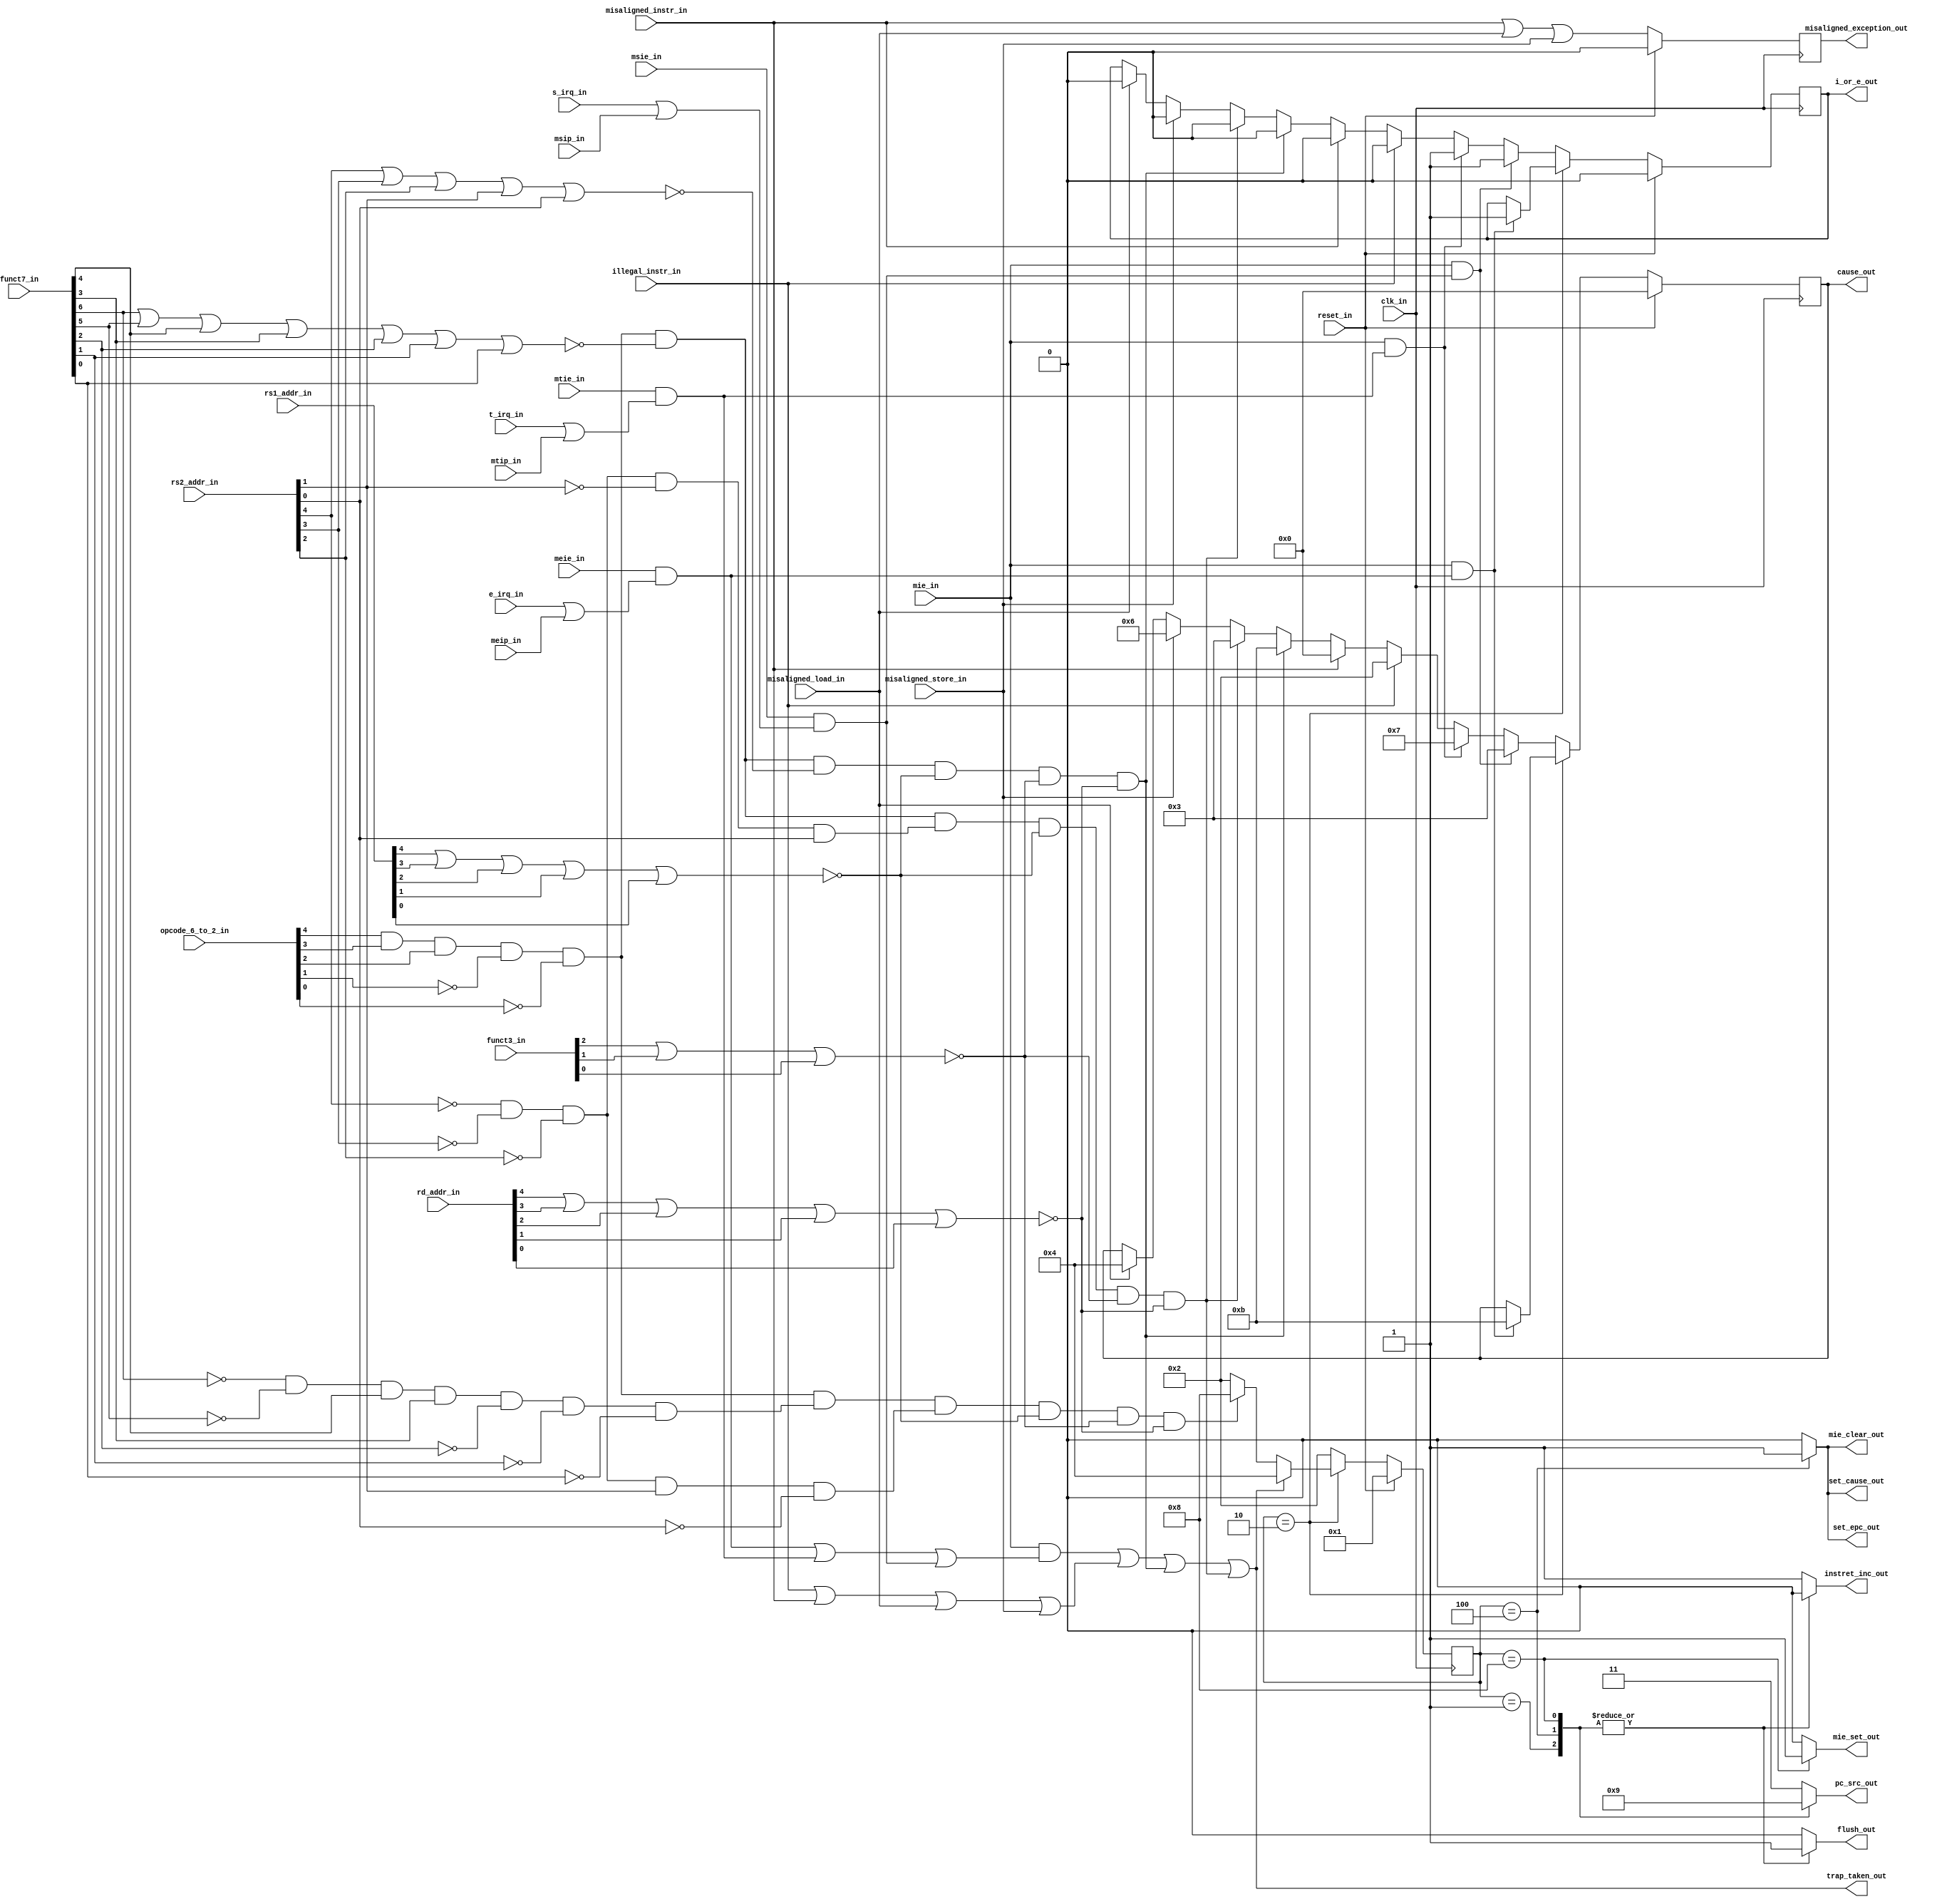

module msrv32_machine_control( input  clk_in, reset_in,
                              
                               input  illegal_instr_in,misaligned_load_in,misaligned_store_in,
                              
                               input  misaligned_instr_in,
                             
                               input  [6:2] opcode_6_to_2_in,
                               input  [2:0] funct3_in,
                               input  [6:0] funct7_in,
                               input  [4:0] rs1_addr_in,
                               input  [4:0] rs2_addr_in,
                               input  [4:0] rd_addr_in,
                              
                               input  e_irq_in,t_irq_in, s_irq_in,
			      
			       input  mie_in, meie_in,mtie_in, msie_in, meip_in,mtip_in,msip_in,         
                            
                               output reg i_or_e_out, set_epc_out, set_cause_out,
                               output reg [3:0] cause_out,
                               output reg instret_inc_out, mie_clear_out, mie_set_out,
			                  misaligned_exception_out,
                               
                               output reg [1:0] pc_src_out,
                              
                               output reg flush_out,
                               
                               output trap_taken_out );
    
    
    reg [3:0] curr_state;
    reg [3:0] next_state;
    
    
    parameter STATE_RESET         = 4'b0001; 
    parameter STATE_OPERATING     = 4'b0010;
    parameter STATE_TRAP_TAKEN    = 4'b0100;    
    parameter STATE_TRAP_RETURN   = 4'b1000;
    
    parameter PC_BOOT =2'b00,
              PC_EPC=  2'b01,
              PC_TRAP= 2'b10,
              PC_NEXT= 2'b11;
    
    wire exception;
    wire ip;
    wire eip;
    wire tip;
    wire sip;
    wire is_system;
    wire rs1_addr_zero;
    wire rs2_addr_zero;
    wire rd_zero;
    wire rs2_addr_mret;
    wire rs2_addr_ebreak;
    wire FUNCT3_zero;
    wire FUNCT7_zero;
    wire FUNCT7_mret;
    wire csr;
    wire mret;
    wire ecall;
    wire ebreak;
    reg pre_instret_inc;
    

    
    assign is_system   =  opcode_6_to_2_in[6] & opcode_6_to_2_in[5] & opcode_6_to_2_in[4] 
                          & ~opcode_6_to_2_in[3] & ~opcode_6_to_2_in[2];
    assign FUNCT3_zero =  ~(funct3_in[2] | funct3_in[1] | funct3_in[0]);
    assign FUNCT7_zero =  ~(funct7_in[6] | funct7_in[5] | funct7_in[4] | funct7_in[3] 
                          | funct7_in[2] | funct7_in[1] | funct7_in[0]);
    assign FUNCT7_wfi  =  ~funct7_in[6] & ~funct7_in[5] & ~funct7_in[4] & funct7_in[3] & 
                          ~funct7_in[2] & ~funct7_in[1] & ~funct7_in[0];
    assign FUNCT7_mret  = ~funct7_in[6] & ~funct7_in[5] & funct7_in[4] & 
                          funct7_in[3] & ~funct7_in[2] & ~funct7_in[1] & ~funct7_in[0];
    assign rs1_addr_zero =~(rs1_addr_in[4] | rs1_addr_in[3] | rs1_addr_in[2] | rs1_addr_in[1] | 
                          rs1_addr_in[0]);
    assign rs2_addr_zero =~(rs2_addr_in[4] | rs2_addr_in[3] | rs2_addr_in[2] | rs2_addr_in[1] | 
                          rs2_addr_in[0]);
    assign rd_zero =      ~(rd_addr_in[4] | rd_addr_in[3] | rd_addr_in[2] | rd_addr_in[1] | rd_addr_in[0]);
    assign rs2_addr_wfi = ~rs2_addr_in[4] & ~rs2_addr_in[3] & rs2_addr_in[2] & 
                          ~rs2_addr_in[1] & rs2_addr_in[0];
    assign rs2_addr_mret = ~rs2_addr_in[4] & ~rs2_addr_in[3] & ~rs2_addr_in[2] & 
                           rs2_addr_in[1] & ~rs2_addr_in[0];
    assign rs2_addr_ebreak = ~rs2_addr_in[4] & ~rs2_addr_in[3] & ~rs2_addr_in[2] & 
                             ~rs2_addr_in[1] & rs2_addr_in[0];
    assign mret =            is_system & FUNCT7_mret & rs2_addr_mret & rs1_addr_zero & FUNCT3_zero & rd_zero;
    assign ecall = is_system & FUNCT7_zero & rs2_addr_zero & rs1_addr_zero & FUNCT3_zero & rd_zero;
    assign ebreak = is_system & FUNCT7_zero & rs2_addr_ebreak & rs1_addr_zero & FUNCT3_zero & rd_zero;
    
    assign eip = meie_in & (e_irq_in | meip_in);
    assign tip = mtie_in & (t_irq_in | mtip_in);
    assign sip = msie_in & (s_irq_in | msip_in);
    assign ip = eip | tip | sip;
    assign exception = illegal_instr_in | misaligned_instr_in | misaligned_load_in | misaligned_store_in;
    assign trap_taken_out = (mie_in & ip) | exception | ecall | ebreak;
    
    always @*
    begin
       case(curr_state)
          STATE_RESET:
             next_state = STATE_OPERATING;
          STATE_OPERATING: 
             if(trap_taken_out) 
                next_state = STATE_TRAP_TAKEN;
             else if(mret) 
                next_state = STATE_TRAP_RETURN;
             else 
                next_state = STATE_OPERATING;
          STATE_TRAP_TAKEN:
             next_state = STATE_OPERATING;
          STATE_TRAP_RETURN:
             next_state = STATE_OPERATING;
          default:
             next_state = STATE_OPERATING;
        endcase
    end
    
    
    always @*
    begin
       case(curr_state)
          STATE_RESET:
          begin
             pc_src_out = PC_BOOT;
             flush_out = 1'b1;
             instret_inc_out = 1'b0;
             set_epc_out = 1'b0;
             set_cause_out = 1'b0;
             mie_clear_out = 1'b0;
             mie_set_out = 1'b0;
           end
           STATE_OPERATING:
              begin
              pc_src_out = PC_NEXT;
              flush_out = 1'b0;
              instret_inc_out = 1'b1;
              set_epc_out = 1'b0;
              set_cause_out = 1'b0;
              mie_clear_out = 1'b0;
              mie_set_out = 1'b0;
           end
           STATE_TRAP_TAKEN:
           begin
              pc_src_out = PC_TRAP;
              flush_out = 1'b1;
              instret_inc_out = 1'b0;
              set_epc_out = 1'b1;
              set_cause_out = 1'b1;
              mie_clear_out = 1'b1;
              mie_set_out = 1'b0;
           end
           STATE_TRAP_RETURN:
           begin
              pc_src_out = PC_EPC;
              flush_out = 1'b1;
              instret_inc_out = 1'b0;
              set_epc_out = 1'b0;
              set_cause_out = 1'b0;
              mie_clear_out = 1'b0;
              mie_set_out = 1'b1;
           end
           default:
           begin
              pc_src_out = PC_NEXT;
              flush_out = 1'b0;
              instret_inc_out = 1'b1;
              set_epc_out = 1'b0;
              set_cause_out = 1'b0;
              mie_clear_out = 1'b0;
              mie_set_out = 1'b0;
           end
        endcase
        
    end
    
  
    
    always @(posedge clk_in)
    begin
       if(reset_in) 
          curr_state <= STATE_RESET;
       else
          curr_state <= next_state;
    end    
    
    always @(posedge clk_in)
    begin
       if(reset_in) 
          misaligned_exception_out <= 1'b0;
       else 
          misaligned_exception_out <= misaligned_instr_in | misaligned_load_in | misaligned_store_in;
    end
    
    always @(posedge clk_in)
    begin
       if(reset_in)
       begin
          cause_out <= 4'b0;
          i_or_e_out <= 1'b0;
       end
       else if(curr_state == STATE_OPERATING)
       begin 
          if(mie_in & eip)
          begin
             cause_out <= 4'b1011; // M-mode external interrupt
             i_or_e_out <= 1'b1;
          end
       end	 
       else if(mie_in & sip)
       begin
          cause_out <= 4'b0011; // M-mode software interrupt
          i_or_e_out <= 1'b1;
       end
       else if(mie_in & tip)
       begin
          cause_out <= 4'b0111; // M-mode timer interrupt
          i_or_e_out <= 1'b1;
       end
       else if(illegal_instr_in)
       begin
          cause_out <= 4'b0010; // Illegal instruction
          i_or_e_out <= 1'b0;
       end
       else if(misaligned_instr_in)
       begin
          cause_out <= 4'b0000; // Instruction address misaligned
          i_or_e_out <= 1'b0;
       end
       else if(ecall)
       begin
          cause_out <= 4'b1011; // Environment call from M-mode
          i_or_e_out <= 1'b0;
       end
       else if(ebreak)
       begin
          cause_out <= 4'b0011; // Breakpoint
          i_or_e_out <= 1'b0;
       end
       else if(misaligned_store_in)
       begin
          cause_out <= 4'b0110; // Store address misaligned
          i_or_e_out <= 1'b0;
       end
       else if(misaligned_load_in)
       begin
          cause_out <= 4'b0100; // Load address misaligned
          i_or_e_out <= 1'b0;
       end
      
    end		  
       
endmodule